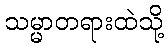
သမ္မာတရားထဲသို့